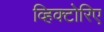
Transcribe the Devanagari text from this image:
व्हिक्टोरिए